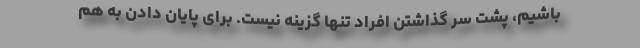
باشیم، پشت سر گذاشتن افراد تنها گزینه نیست. برای پایان دادن به هم